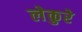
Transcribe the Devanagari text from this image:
लेकुरे